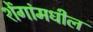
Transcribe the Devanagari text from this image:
शेंगांमधील